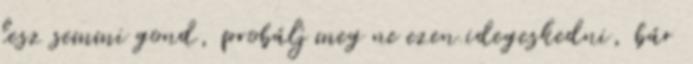
lesz semmi gond, probálj meg ne ezen idegeskedni, bár